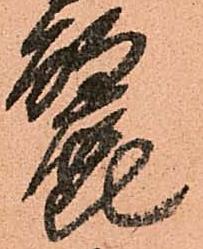
麗